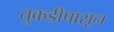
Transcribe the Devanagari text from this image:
तुकडीपासून